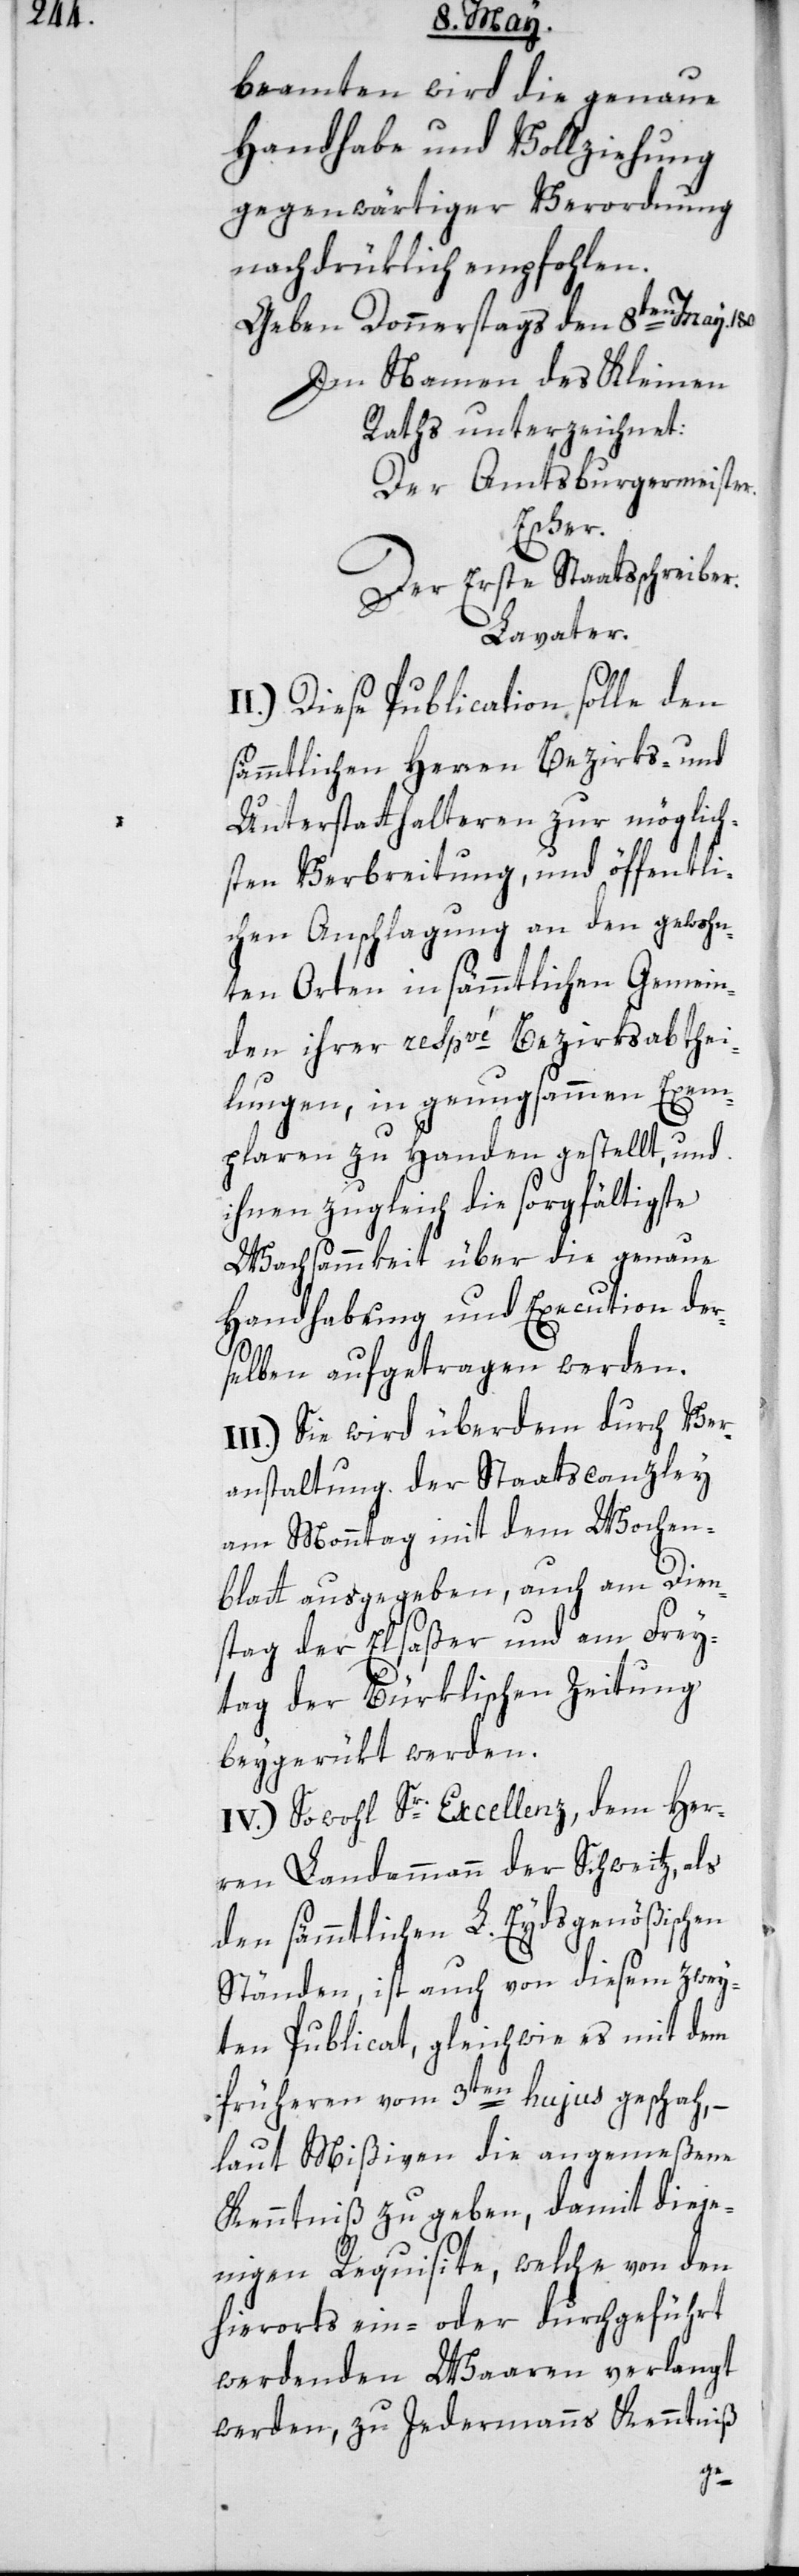
beamten wird die genaue
Handhabe und Vollziehung
gegenwärtiger Verordnung
nachdrüklich empfohlen.
Geben Donnerstags den 8ten May.
Im Namen des Kleinen
Raths unterzeichnet:
Der Amtsburgermeister.
Escher.
Der erste Staatsschreiber.
Lavater.
I.) Diese Publication solle den
sämmtlichen Herren Bezirks- und
Unterstatthalteren zur möglich¬
sten Verbreitung, und öffentli¬
chen Anschlagung an den gewohn¬
ten Orten in sämmtlichen Gemein¬
den ihrer respvé Bezirksabthei¬
lungen, in genugsammen Exem¬
plaren zu Handen gestellt, und
ihnen zugleich die sorgfältigste
Wachsammkeit über die genaue
Handhabung und Execution der¬
selben aufgetragen werden.
I.) Sie wird überdem durch Ver¬
anstaltung der Staatscanzley
am Monntag mit dem Wochen¬
blatt ausgegeben, auch am Dien¬
stag der Elsaßer und am Frey¬
tag der Bürklischen Zeitung
beygerükt werden.
IV.) Sowohl Sr. Excellenz, dem Her¬
ren Landammann der Schweitz, als
den sämmtlichen L. Eydsgenößischen
Ständen, ist auch von diesem zwey¬
ten Publicat, gleichwie es mit dem
früheren vom 3ten hujus geschah, –
laut Mißiven die angemeßene
Kenntniß zu geben, damit dieje¬
nigen Requisite, welche von den
hierorts ein- oder durchgeführt
werdenden Waaren verlangt
werden, zu Jedermanns Kenntniß
II¬